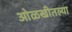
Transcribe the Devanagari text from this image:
ओळखीतल्या